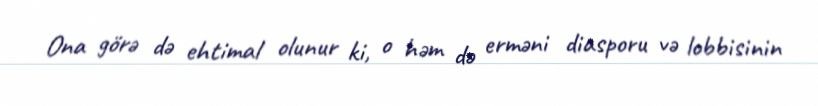
Ona görə də ehtimal olunur ki, o həm də erməni diasporu və lobbisinin